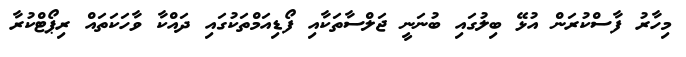
މިހާރު ފާސްކުރަން އުޅޭ ބިލުގައި ބުނަނީ ޖަލްސާތަކާއި ފޯޑިއަމްތަކުގައި ދައްކާ ވާހަކަތައް ރިޕޯޓްކުރާ